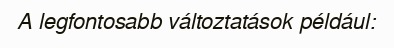
A legfontosabb változtatások például: